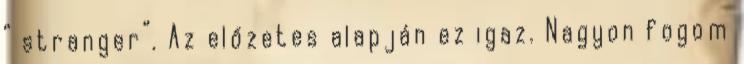
” stranger”. Az előzetes alapján ez igaz. Nagyon fogom